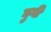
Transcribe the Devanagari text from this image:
घुगी